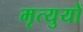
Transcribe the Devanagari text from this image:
मृत्युयों